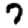
Digit: 7